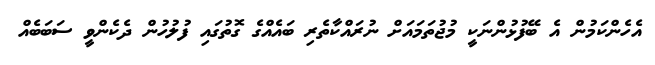
އެހެންކަމުން އެ ބޭފުޅުންނަކީ މުޖުތަމައަށް ނުރައްކާތެރި ބައެއްގެ ގޮތުގައި ފުލުހުން ދެކެންވީ ސަބަބެއް